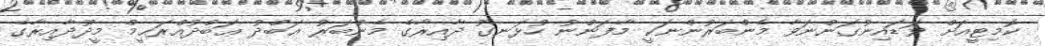
ކޮމިޓީއަށް ވަޑައިނުގަންނަވާ މެންބަރުންނަކީ މާފަންނު ހުޅަނގު ދާއިރާގެ މެންބަރު ޢަބްދު ޢަބްދުއްރަޙީމް މީދޫދާއިރާގެ